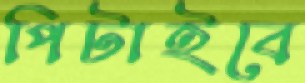
পিটাইবে